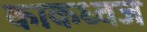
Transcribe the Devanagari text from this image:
काकध्वज